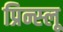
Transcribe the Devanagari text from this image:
प्रिन्स्लू